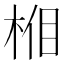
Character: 𣒦